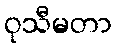
ဝုသီမတာ